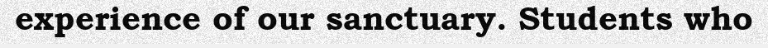
experience of our sanctuary. Students who